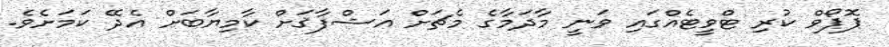
ޕޮޕޯވް ކުރި ޓްވީޓެއްގައި ވަނީ މާދަމާގެ މެޗަށް އަޝްފާޤަށް ކާމިޔާބަށް އެދޭ ކަމަށެވެ.